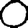
Digit: 0